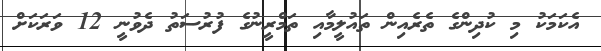
އެކަމަކު މި ކުދިންގެ ތެރެއިން ތައުލީމާއި ތަމްރީނުގެ ފުރުސަތު ދެވުނީ 12 ވަރަކަށް